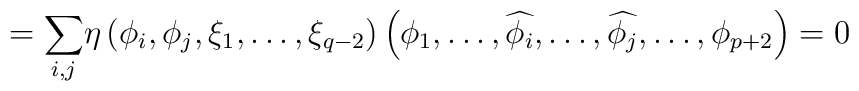
= {\displaystyle\sum _{i,j}}     \eta \left ( {\phi}_{i}, {\phi}_{j}, \xi_{1}, \ldots , {\xi}_{q-2}\right )\left ({\phi}_{1}, \ldots ,\widehat{{\phi}_{i}}, \ldots ,\widehat{{\phi}_{j}}, \ldots ,{\phi}_{p+2} \right )=0